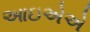
આઇએએ